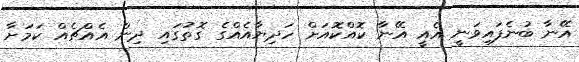
އޭނާ ބުނެފައިވަނީ އެއީ އޭނާ ކޮއްކޮއަށް ހަދިޔާއެއްގެ ގޮތުގައި ދިން އެއްޗެއް ކަމަށާ